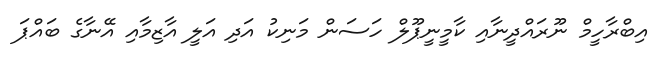
އިބްރާހީމް ނޫރައްދީނާއި ކާމީނީޕޫލް ހަސަން މަނިކު އަދި އަލީ އާޒިމާއި އޭނާގެ ބައްޕަ